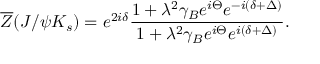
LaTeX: \overline { { { Z } } } ( J / { \psi } K _ { s } ) = e ^ { 2 i { \delta } } \frac { 1 + { \lambda } ^ { 2 } { \gamma } _ { B } e ^ { i { \Theta } } e ^ { - i ( { \delta } + { \Delta } ) } } { 1 + { \lambda } ^ { 2 } { \gamma } _ { B } e ^ { i { \Theta } } e ^ { i ( { \delta } + { \Delta } ) } } .